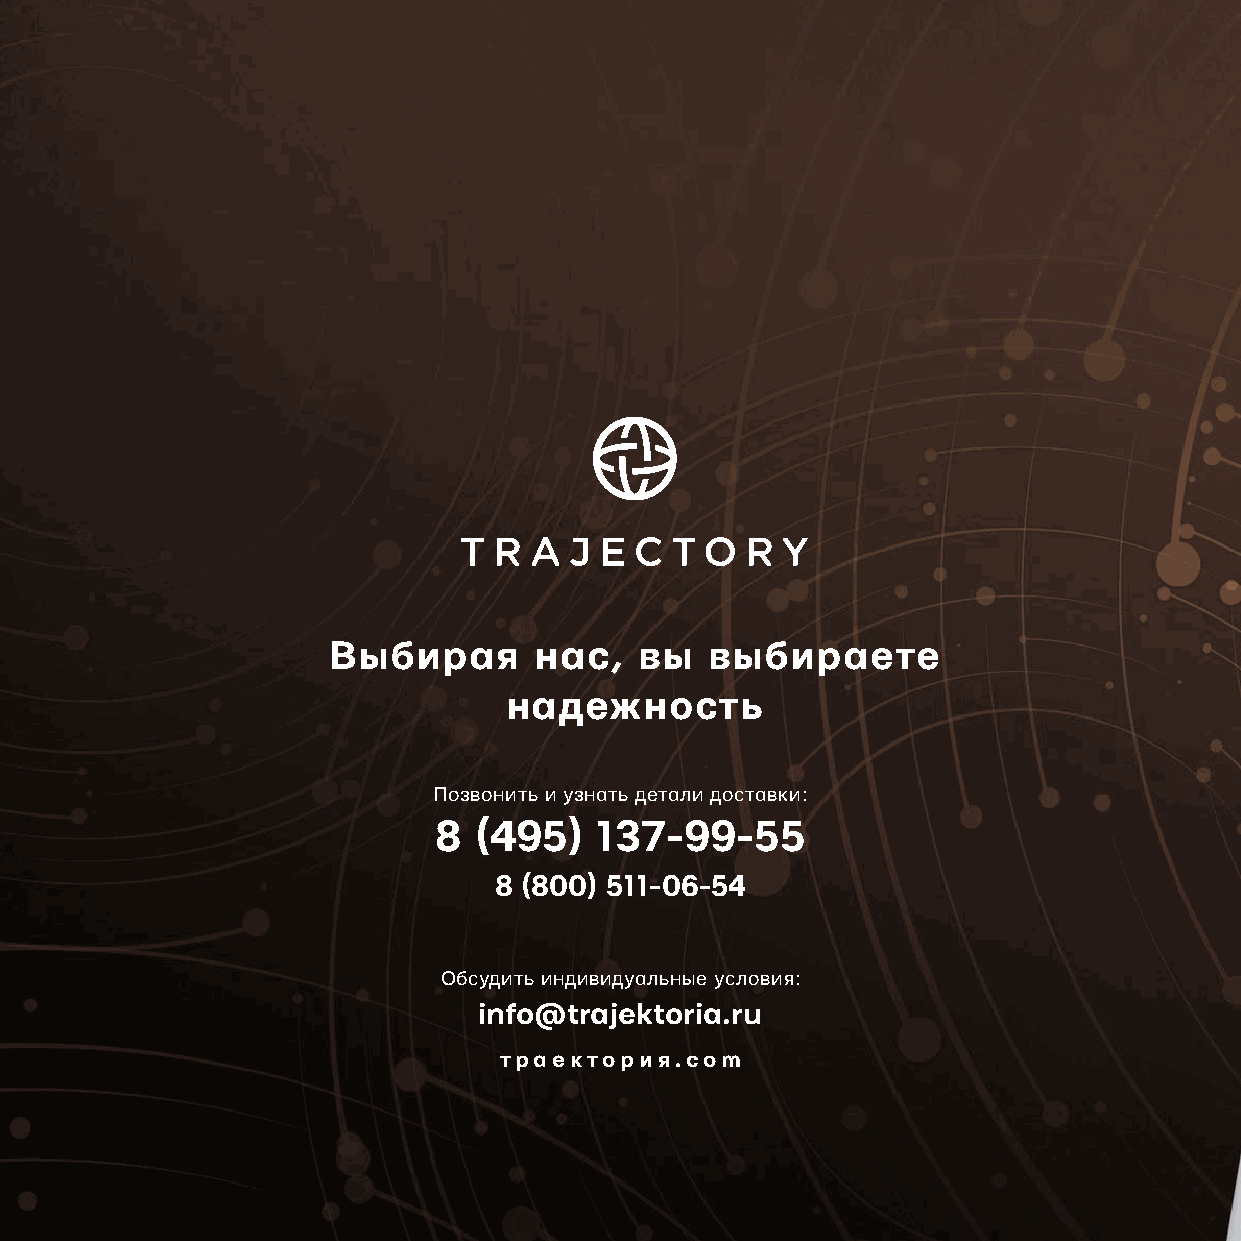
Выбирая      нас,   вы   выбираете
 надежность
 Позвонить и узнать детали доставки:
 8 (495)   137-99-55
 8 (800) 511-06-54
 Обсудить индивидуальные условия:
 info@trajektoria.ru
 траектория.com